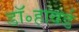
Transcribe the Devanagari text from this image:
डॉ॰हावर्ड